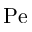
\mathrm { P e }